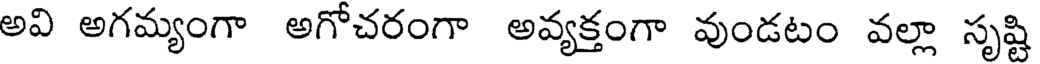
అవి అగమ్యంగా అగోచరంగా అవ్యక్తంగా వుండటం వల్లా సృష్టి